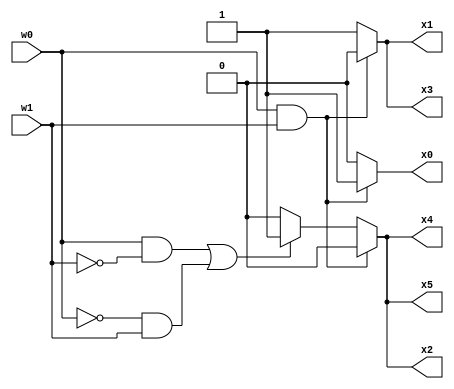
module price(w0, w1, x0, x1, x2, x3, x4, x5);
	input w0, w1;
	output reg x0, x1, x2, x3, x4, x5;
	
	always @(w0, w1)
		begin
			if(w0==1 & w1==1)
				begin
					x0 = 1;
					x1 = 0;
					x2 = 0;
					x3 = 0;
					x4 = 0;
					x5 = 0;
				end
			else if((w0==1 & w1==0) | (w0==0 & w1==1))
				begin
					x0 = 0;
					x1 = 1;
					x2 = 1;
					x3 = 1;
					x4 = 1;
					x5 = 1;
				end
			else 
				begin
					x0 = 0;
					x1 = 1;
					x2 = 0;
					x3 = 1;
					x4 = 0;
					x5 = 0;
				end
			end
endmodule